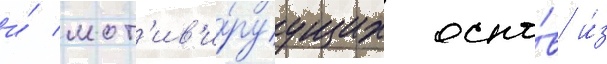
и́ мот'ив'и́руущих осно́в и́з